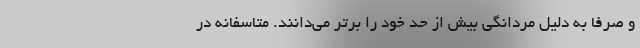
و صرفا به دلیل مردانگی بیش از حد خود را برتر می‌دانند. متاسفانه در